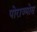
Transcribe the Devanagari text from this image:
पोराज्मोस